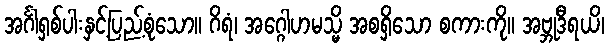
အင်္ဂါရှစ်ပါးနှင့်ပြည့်စုံသော။ ဂိရံ၊ အဂ္ဂေါဟမသ္မိ အစရှိသော စကားကို။ အဗ္ဘုဒီရယိ၊